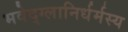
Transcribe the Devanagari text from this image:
भवेद्‌ग्लानिर्धर्मस्य